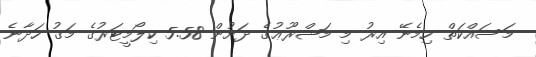
މަސައްކަތް ހިމެނޭ އިރު މި މަޝްރޫޢުގެ ދަށުން 5.58 ކިލޯމީޓަރުގެ މަގު ހަދާނެ